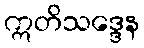
ဣတိသဒ္ဒေန